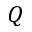
Q